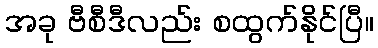
အခု ဗီစီဒီလည်း စထွက်နိုင်ပြီ။